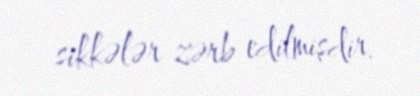
sikkələr zərb edilmişdir.